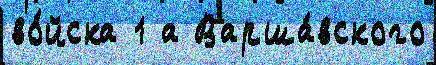
во́йска 1 а Варша́вского